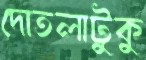
দোতলাটুকু